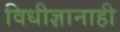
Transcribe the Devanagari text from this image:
विधीज्ञानाही